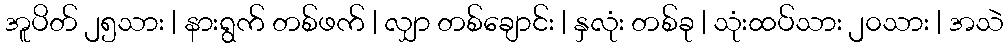
အူပိတ် ၂၅သား | နားရွက် တစ်ဖက် | လျှာ တစ်ချောင်း | နှလုံး တစ်ခု | သုံးထပ်သား ၂၀သား | အသဲ